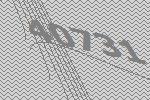
40731